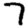
Digit: 7